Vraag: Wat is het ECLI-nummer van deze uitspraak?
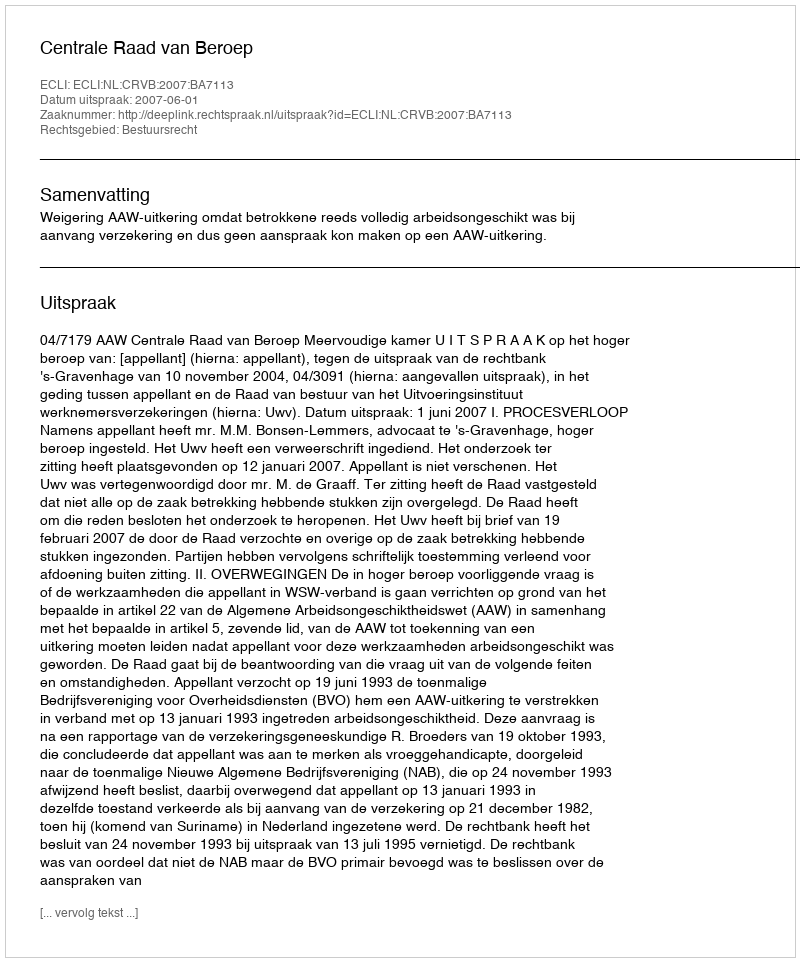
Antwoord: ECLI:NL:CRVB:2007:BA7113